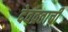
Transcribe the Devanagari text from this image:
देवव्रताची